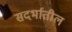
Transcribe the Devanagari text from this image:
सदर्भातील